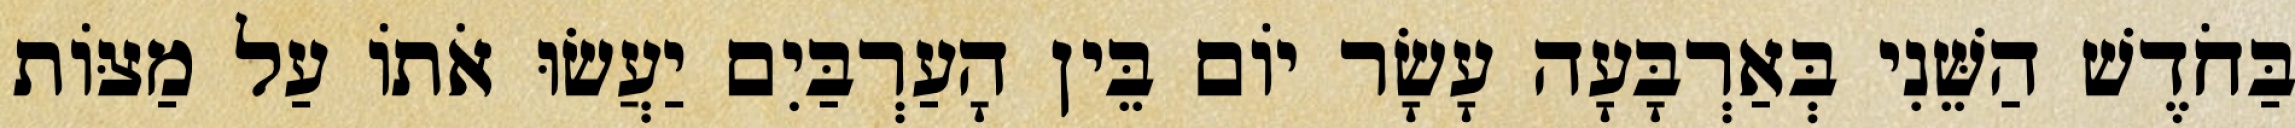
בַּחֹדֶשׁ הַשֵּׁנִי בְּאַרְבָּעָה עָשָׂר יוֹם בֵּין הָעַרְבַּיִם יַעֲשׂוּ אֹתוֹ עַל מַצּוֹת